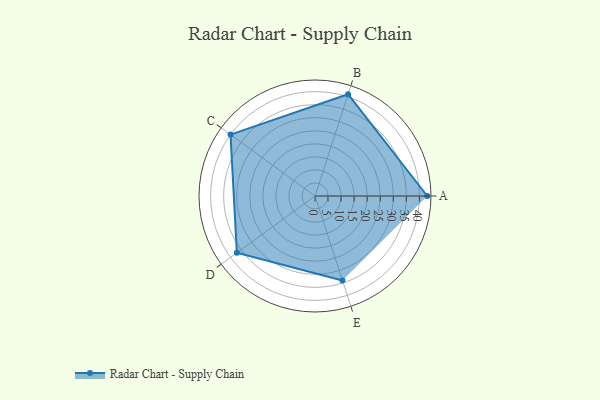
{"axis": {"x": "Skill", "y": "Score"}, "legend": ["Profile"], "data": [{"x": "A", "y": 43.0, "type": "Profile"}, {"x": "B", "y": 41.0, "type": "Profile"}, {"x": "C", "y": 40.0, "type": "Profile"}, {"x": "D", "y": 37.0, "type": "Profile"}, {"x": "E", "y": 34.0, "type": "Profile"}]}